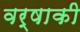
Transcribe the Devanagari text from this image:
वर्षाकी